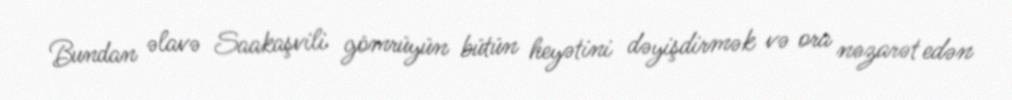
Bundan əlavə Saakaşvili gömrüyün bütün heyətini dəyişdirmək və ora nəzarət edən